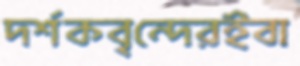
দর্শকবৃন্দেরইবা